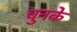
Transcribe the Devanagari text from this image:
चुनके